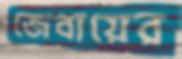
জেবায়ের